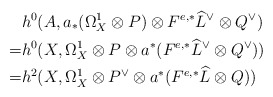
\begin{align*}& h^0(A,a_*(\Omega_X^1\otimes P)\otimes F^{e,*}\widehat{L}^{\vee}\otimes Q^{\vee}) \\=& h^0(X,\Omega_X^1\otimes P\otimes a^*(F^{e,*}\widehat{L}^{\vee}\otimes Q^{\vee})) \\=& h^2(X,\Omega_X^1\otimes P^{\vee}\otimes a^*(F^{e,*}\widehat{L}\otimes Q)) \end{align*}